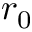
r _ { 0 }